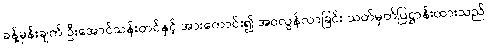
ခန့်မှန်းချက် ဦးအောင်သန်းတင်နှင့် အားကောင်း၍ အဝလွန်လာခြင်း သတ်မှတ်ပြဋ္ဌာန်းထားသည်